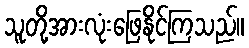
သူတို့အားလုံးဖြေနိုင်ကြသည်။